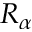
R _ { \alpha }